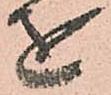
を